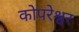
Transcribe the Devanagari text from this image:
कोपरेश्वर